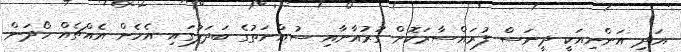
އަދި އަންނިއަކީ ދީނަސް ފުރައްސާރަކޮށް ގުރުއާނާއި ސުއްނަތުގެ ބަދަލުގައި އެހެން އެއްޗެއް ހޯދަން